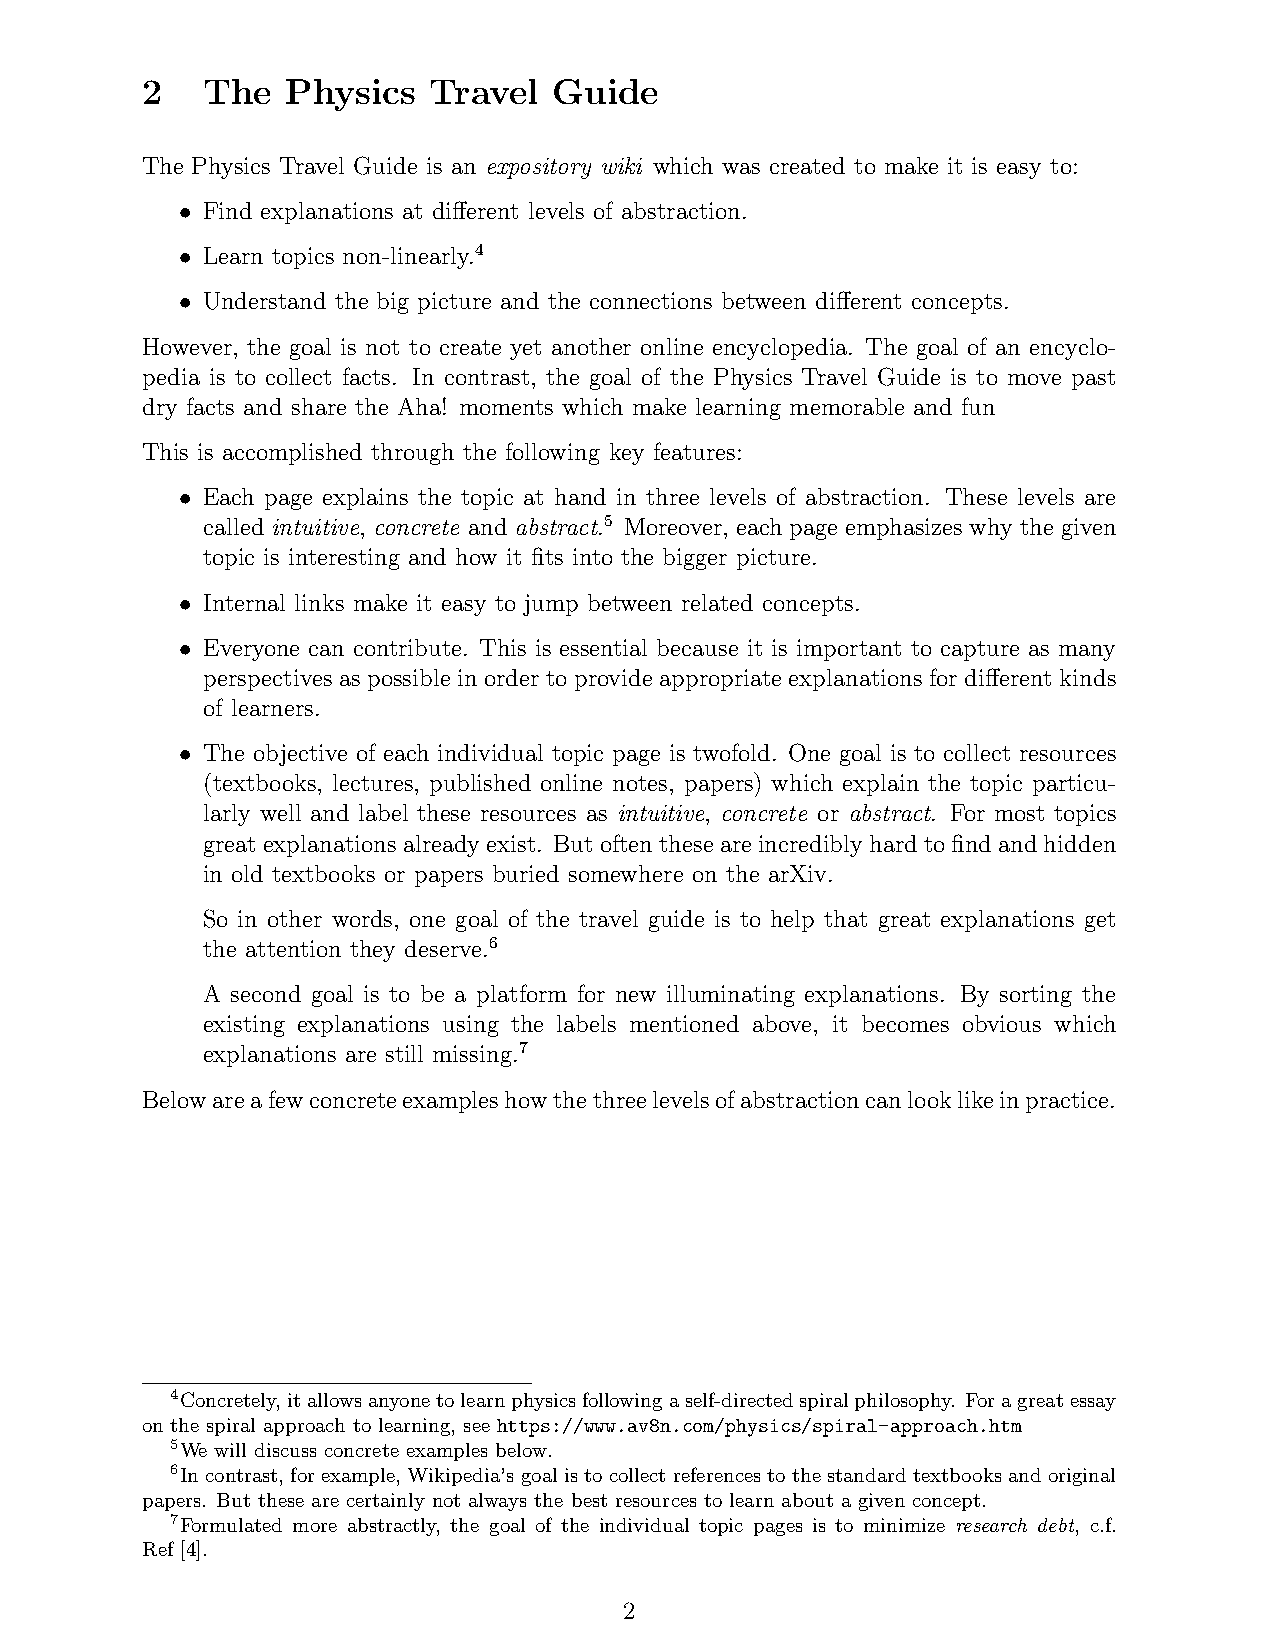
2   The   Physics  Travel   Guide
 The Physics Travel Guide is an expository wiki which was created to make it is easy to:
 • Find explanations at different levels of abstraction.
 • Learn topics non-linearly.4
 • Understand the big picture and the connections between different concepts.
 However, the goal is not to create yet another online encyclopedia. The goal of an encyclo-
 pedia is to collect facts. In contrast, the goal of the Physics Travel Guide is to move past
 dry facts and share the Aha! moments which make learning memorable and fun
 This is accomplished through the following key features:
 • Each page explains the topic at hand in three levels of abstraction. These levels are
 called intuitive, concrete and abstract.5 Moreover, each page emphasizes why the given
 topic is interesting and how it fits into the bigger picture.
 • Internal links make it easy to jump between related concepts.
 • Everyone can contribute. This is essential because it is important to capture as many
 perspectives as possible in order to provide appropriate explanations for different kinds
 of learners.
 • The objective of each individual topic page is twofold. One goal is to collect resources
 (textbooks, lectures, published online notes, papers) which explain the topic particu-
 larly well and label these resources as intuitive, concrete or abstract. For most topics
 greatexplanationsalreadyexist. Butoftentheseareincrediblyhardtofindandhidden
 in old textbooks or papers buried somewhere on the arXiv.
 So in other words, one goal of the travel guide is to help that great explanations get
 the attention they deserve.6
 A second goal is to be a platform for new illuminating explanations. By sorting the
 existing explanations using the labels mentioned above, it becomes obvious which
 explanations are still missing.7
 Belowareafewconcreteexampleshowthethreelevelsofabstractioncanlooklikeinpractice.
 4Concretely,itallowsanyonetolearnphysicsfollowingaself-directedspiralphilosophy. Foragreatessay
 on the spiral approach to learning, see https://www.av8n.com/physics/spiral-approach.htm
 5We will discuss concrete examples below.
 6In contrast, for example, Wikipedia’s goal is to collect references to the standard textbooks and original
 papers. But these are certainly not always the best resources to learn about a given concept.
 7Formulated more abstractly, the goal of the individual topic pages is to minimize research debt, c.f.
 Ref [4].
 2